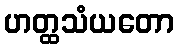
ဟတ္ထသံယတော